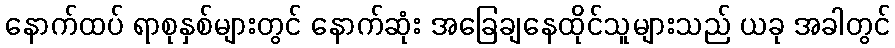
နောက်ထပ် ရာစုနှစ်များတွင် နောက်ဆုံး အခြေချနေထိုင်သူများသည် ယခု အခါတွင်